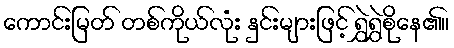
ကောင်းမြတ် တစ်ကိုယ်လုံး နှင်းများဖြင့် ရွှဲရွှဲစိုနေ၏။